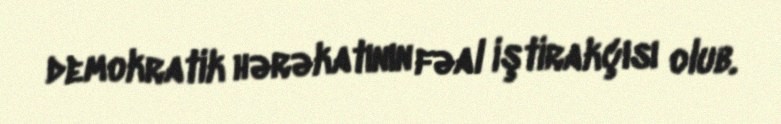
demokratik hərəkatının fəal iştirakçısı olub.